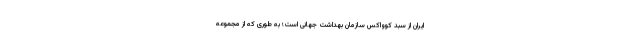
ایران از سبد کوواکس سازمان بهداشت جهانی است؛ به طوری که از مجموعه